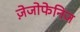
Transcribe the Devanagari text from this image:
ज़ेजोफेनिज